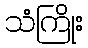
သံကြိုး